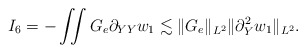
\begin{align*}\begin{aligned}I_6=-\iint G_e\partial_{YY} w_1\lesssim \Vert G_e\Vert_{L^2}\Vert \partial_Y^2 w_1\Vert_{L^2}.\end{aligned}\end{align*}